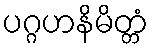
ပဂ္ဂဟနိမိတ္တံ